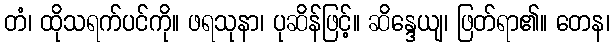
တံ၊ ထိုသရက်ပင်ကို။ ဖရသုနာ၊ ပုဆိန်ဖြင့်။ ဆိန္ဒေယျ၊ ဖြတ်ရာ၏။ တေန၊